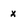
Character: x